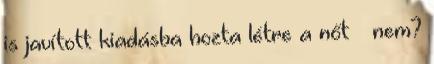
is javított kiadásba hozta létre a nőt – nem?